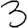
Digit: 3